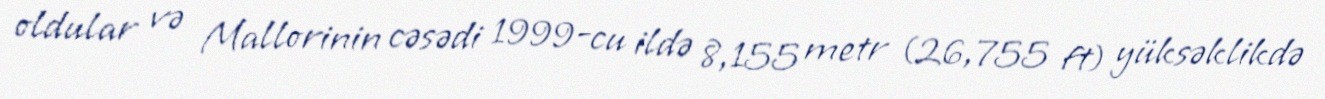
oldular və Mallorinin cəsədi 1999-cu ildə 8,155 metr (26,755 ft) yüksəklikdə